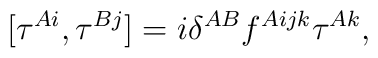
[ \tau ^{Ai} , \tau ^{B j} ] = i \delta ^{AB} f^{A ijk } \tau ^{A k},